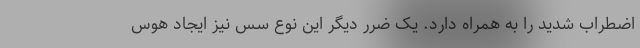
اضطراب شدید را به همراه دارد. یک ضرر دیگر این نوع سس نیز ایجاد هوس